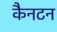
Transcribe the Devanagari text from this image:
कैनटन